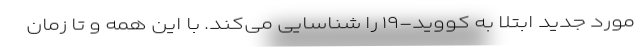
مورد جدید ابتلا به کووید-۱۹ را شناسایی می‌کند. با این همه و تا زمان